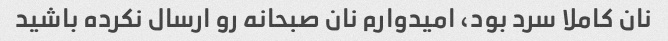
نان کاملا سرد بود، امیدوارم نان صبحانه رو ارسال نکرده باشید